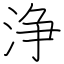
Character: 浄